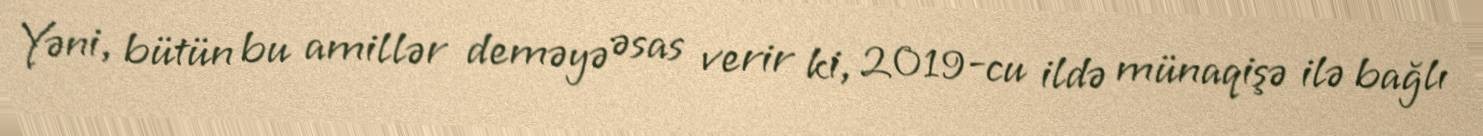
Yəni, bütün bu amillər deməyə əsas verir ki, 2019-cu ildə münaqişə ilə bağlı